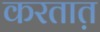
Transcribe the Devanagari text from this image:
करतात़